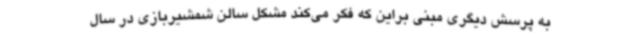
به پرسش دیگری مبنی براین که فکر می‌کند مشکل سالن شمشیربازی در سال